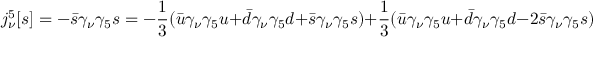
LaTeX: j _ { \nu } ^ { 5 } [ s ] = - \bar { s } \gamma _ { \nu } \gamma _ { 5 } s = - \frac { 1 } { 3 } ( \bar { u } \gamma _ { \nu } \gamma _ { 5 } u + \bar { d } \gamma _ { \nu } \gamma _ { 5 } d + \bar { s } \gamma _ { \nu } \gamma _ { 5 } s ) + \frac { 1 } { 3 } ( \bar { u } \gamma _ { \nu } \gamma _ { 5 } u + \bar { d } \gamma _ { \nu } \gamma _ { 5 } d - 2 \bar { s } \gamma _ { \nu } \gamma _ { 5 } s ) \, .